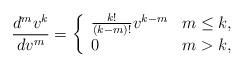
LaTeX: \begin{align*} \frac{d^mv^k}{dv^m}=\left\{\begin{array}{ll}\frac{k!}{(k-m)!}v^{k-m}& m\leq k,\\0 & m>k,\end{array}\right.\end{align*}